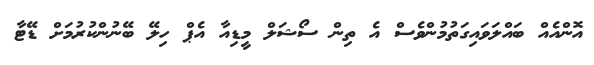
އޮންއެއް ބައްލަވައިގަތުމުންވެސް އެ ތިން ސޯޝަލް މީޑިއާ އެޕް ހިލޭ ބޭނުންކުރުމަށް ޑޭޓާ